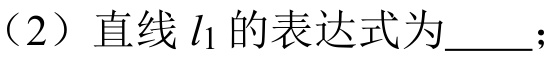
（2）直线 \(l_1\) 的表达式为  ；